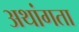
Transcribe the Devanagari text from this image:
अथांगता